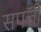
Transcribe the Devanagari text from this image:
सपत्ती